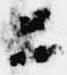
ニ